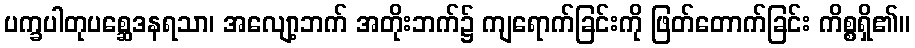
ပက္ခပါတုပစ္ဆေဒနရသာ၊ အလျော့ဘက် အတိုးဘက်၌ ကျရောက်ခြင်းကို ဖြတ်တောက်ခြင်း ကိစ္စရှိ၏။